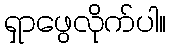
ရှာဖွေလိုက်ပါ။